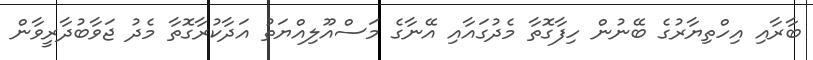
ބާރާއި އިހްތިޔާރުގެ ބޭނުން ހިފާގޮތާ މެދުގައާއި އޭނާގެ މަސްއޫލިއްޔަތު އަދާކުރާގޮތާ މެދު ޖަވާބުދާރީވާން